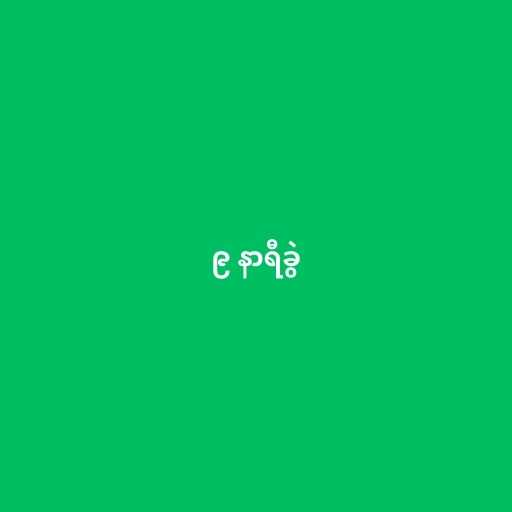
၉ နာရီခွဲ